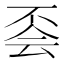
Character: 𠀾